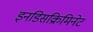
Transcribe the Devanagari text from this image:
इनडिसक्रिमिनेट